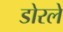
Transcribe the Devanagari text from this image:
डोरले